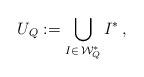
LaTeX: \begin{align*}U_Q := \bigcup_{I\in\,\mathcal{W}^*_Q} I^*\,,\end{align*}